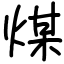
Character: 煤